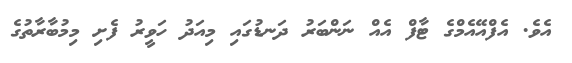
އެވެ. އެފްއޭއެމްގެ ޓާފް އެއް ނަންބަރު ދަނޑުގައި މިއަދު ހަވީރު ފެށި މިމުބާރާތުގެ